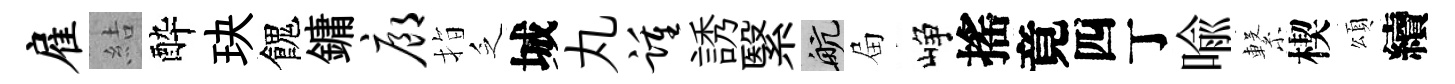
雇結酔玦餽鏞廊指乏城丸踵誘繄航屇峥搖竟四丁喩繋楔頌續